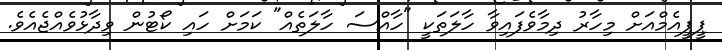
ޕީޕީއެމްއަށް މިހާރު ދިމާވެފައިވާ ހާލަތަކީ "ހާއްސަ ހާލަތެއް" ކަމަށް ހައި ކޯޓުން ވިދާޅުވެއްޖެއެވެ.